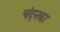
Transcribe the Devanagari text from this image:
चंदनका